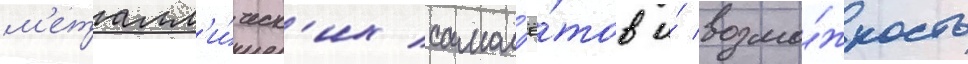
м'еталл'и́ческ'их самол'ё́тов и́ возмо́жность